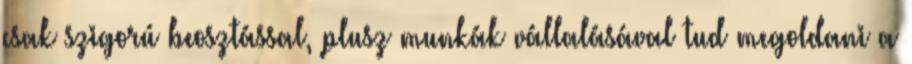
csak szigorú beosztással, plusz munkák vállalásával tud megoldani a